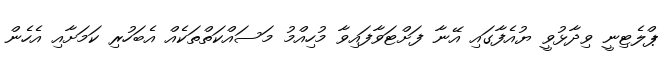
ޕްލެޓިނީ ވިދާޅުވީ ޔުއެފާގައި އޭނާ ފަށްޓަވާފައިވާ މުހިއްމު މަސައްކަތްތަކެއް އެބަހުރި ކަމަށާއި އެހެން